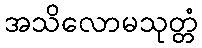
အသိလောမသုတ္တံ